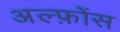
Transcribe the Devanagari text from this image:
अल्फ़ोंस